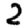
Digit: 2